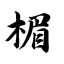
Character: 楣